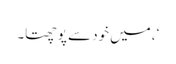
‘، میں خود سے پوچھتا۔